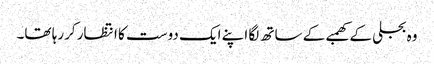
وہ بجلی کے کھمبے کے ساتھ لگا اپنے ایک دوست کا انتظار کررہا تھا۔